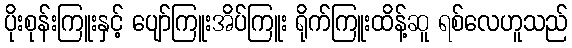
ပိုးစုန်းကြူးနှင့် ပျော်ကြူးအိပ်ကြူး ရိုက်ကြူးထိန့်ဆူ ရစ်လေဟူသည်